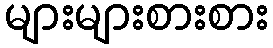
များများစားစား